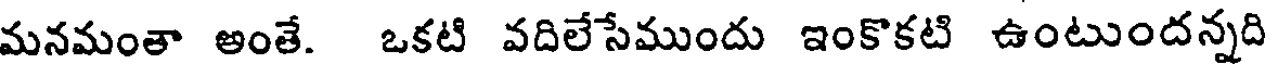
మనమంతా అంతే. ఒకటి వదిలేసేముందు ఇంకొకటి ఉంటుందన్నది